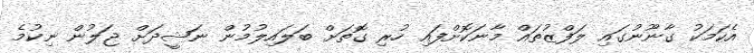
އެކަމަކު ގާނޫނުގައި ލަފްޒުތައް މާނަކޮށްފައި ހުރި ގޮތަށް ބަލައިލުމުން ނަޝީދަށް ޖަލުން ނިކުމެ